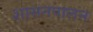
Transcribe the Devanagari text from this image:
शासनपालन